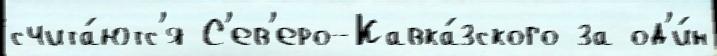
счита́ютс'я С'ев'еро-Кавка́зского за од'и́н